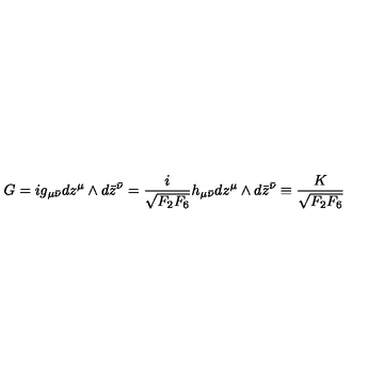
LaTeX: G = i g _ { \mu \bar { \nu } } d z ^ { \mu } \wedge d \bar { z } ^ { \bar { \nu } } = { \frac { i } { \sqrt { F _ { 2 } F _ { 6 } } } } h _ { \mu \bar { \nu } } d z ^ { \mu } \wedge d \bar { z } ^ { \bar { \nu } } \equiv { \frac { K } { \sqrt { F _ { 2 } F _ { 6 } } } }